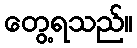
တွေ့ရသည်။